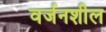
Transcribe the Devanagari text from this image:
वर्जनशील